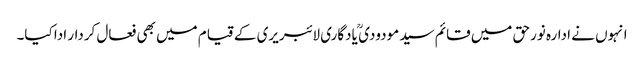
انہوں نے ادارہ نورحق میں قائم سید مودودی ؒ یادگاری لائبریری کے قیام میں بھی فعال کردار ادا کیا۔